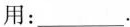
用：___。